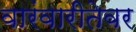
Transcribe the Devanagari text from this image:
वारंवारीतेवर